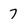
Character: 7